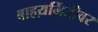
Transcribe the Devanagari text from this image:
बाहय़भिंतीवर